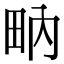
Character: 𤱅